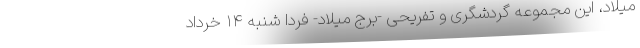
میلاد، این مجموعه گردشگری و تفریحی -برج میلاد- فردا شنبه ۱۴ خرداد